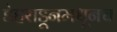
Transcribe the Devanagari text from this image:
डेहराडूनमधूनच